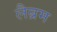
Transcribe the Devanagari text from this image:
लैब्रम